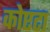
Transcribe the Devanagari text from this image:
कोएटा